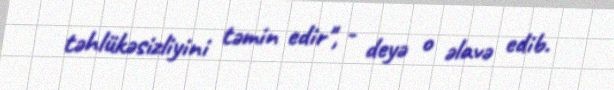
təhlükəsizliyini təmin edir", - deyə o əlavə edib.